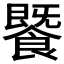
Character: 𩞚